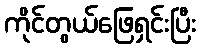
ကိုင်တွယ်ဖြေရှင်းပြီး